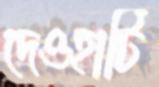
দেওহাটি